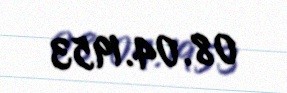
08.04.1953